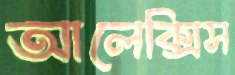
আলেক্সিস